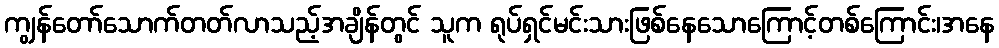
ကျွန်တော်သောက်တတ်လာသည့်အချိန်တွင် သူက ရုပ်ရှင်မင်းသားဖြစ်နေသောကြောင့်တစ်ကြောင်း၊အနေ